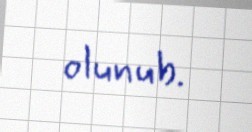
olunub.